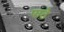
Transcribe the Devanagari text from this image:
पाठे